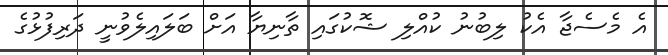
އެ މެސެޖާ އެކު ލިބުނު ކުއްލި ޝޮކުގައި ތާނިޔާ އަށް ބަލައިލެވުނީ ދަރިފުޅުގެ